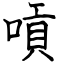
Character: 嗊